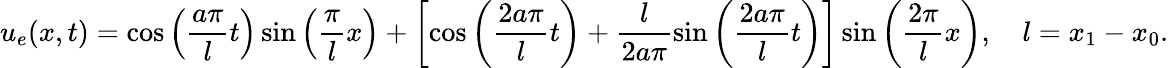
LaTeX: u_{e}(x,t)=\cos\left(\frac{a\pi}{l}t\right)\sin\left(\frac{\pi}{l}x\right)+\left[\cos\left(\frac{2a\pi}{l}t\right)+\frac{l}{2a\pi}\sin\left(\frac{2a\pi}{l}t\right)\right]\sin\left(\frac{2\pi}{l}x\right),\quad l=x_{1}-x_{0}.